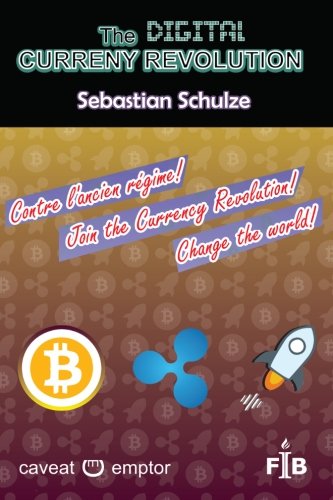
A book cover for The digital currency revolution: Why and How to invest and trade with Ripple (or Stellar) in Bitcoin and other currencies, valuables, shares, ... (Financial Independence Basics) (Volume 1); Sebastian Schulze; Computers & Technology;